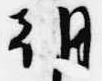
朝